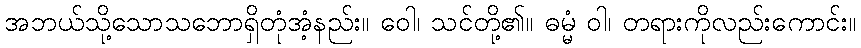
အဘယ်သို့သောသဘောရှိတုံအံ့နည်း။ ဝေါ၊ သင်တို့၏။ ဓမ္မံ ဝါ၊ တရားကိုလည်းကောင်း။